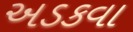
અડકવા